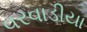
વરવાડીયા